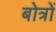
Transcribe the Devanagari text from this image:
बोत्रों